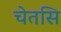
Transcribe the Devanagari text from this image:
चेतसि